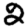
Digit: 2